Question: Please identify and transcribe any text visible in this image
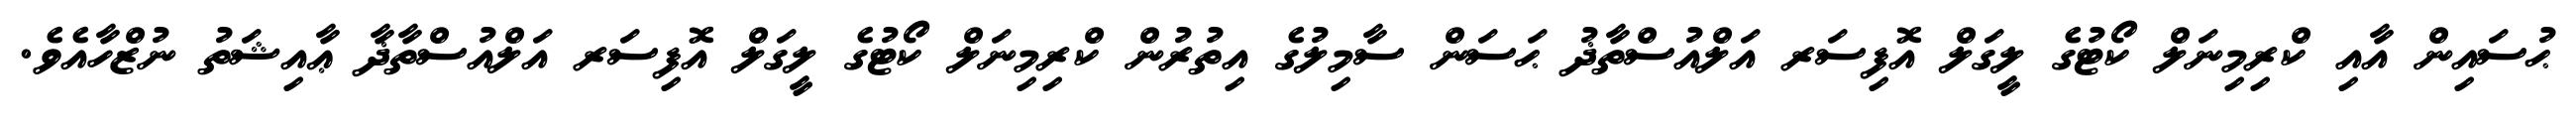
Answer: ޙުސައިން އާއި ކްރިމިނަލް ކޯޓުގެ ލީގަލް އޮފިސަރ އަލްއުސްތާޛު ޙަސަން ސާމިލުގެ އިތުރުން ކްރިމިނަލް ކޯޓުގެ ލީގަލް އޮފިސަރ އަލްއުސްތާޛާ ޢާއިޝަތު ނުޒްހާއެވެ.